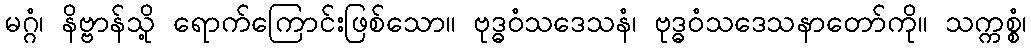
မဂ္ဂံ၊ နိဗ္ဗာန်သို့ ရောက်ကြောင်းဖြစ်သော။ ဗုဒ္ဓဝံသဒေသနံ၊ ဗုဒ္ဓဝံသဒေသနာတော်ကို။ သက္ကစ္စံ၊